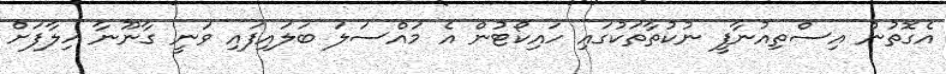
އެގޮތުން އިސްތިއުނާފީ ނުކުތާތަކުގައި ހައިކޯޓުން އެ މައްސަލަ ބަލައިފައި ވަނީ ގާނޫނާ ހިލާފަށް